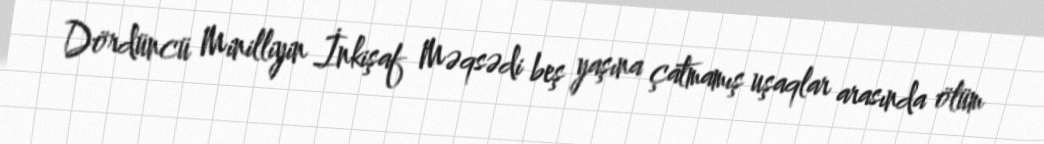
Dördüncü Minilliyin İnkişaf Məqsədi beş yaşına çatmamış uşaqlar arasında ölüm